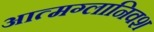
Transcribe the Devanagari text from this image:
आत्मग्लानिवश